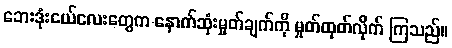
ဘေးဒုံးငယ်လေးတွေက နောက်ဆုံးမှုတ်ချက်ကို မှုတ်ထုတ်လိုက် ကြသည်။